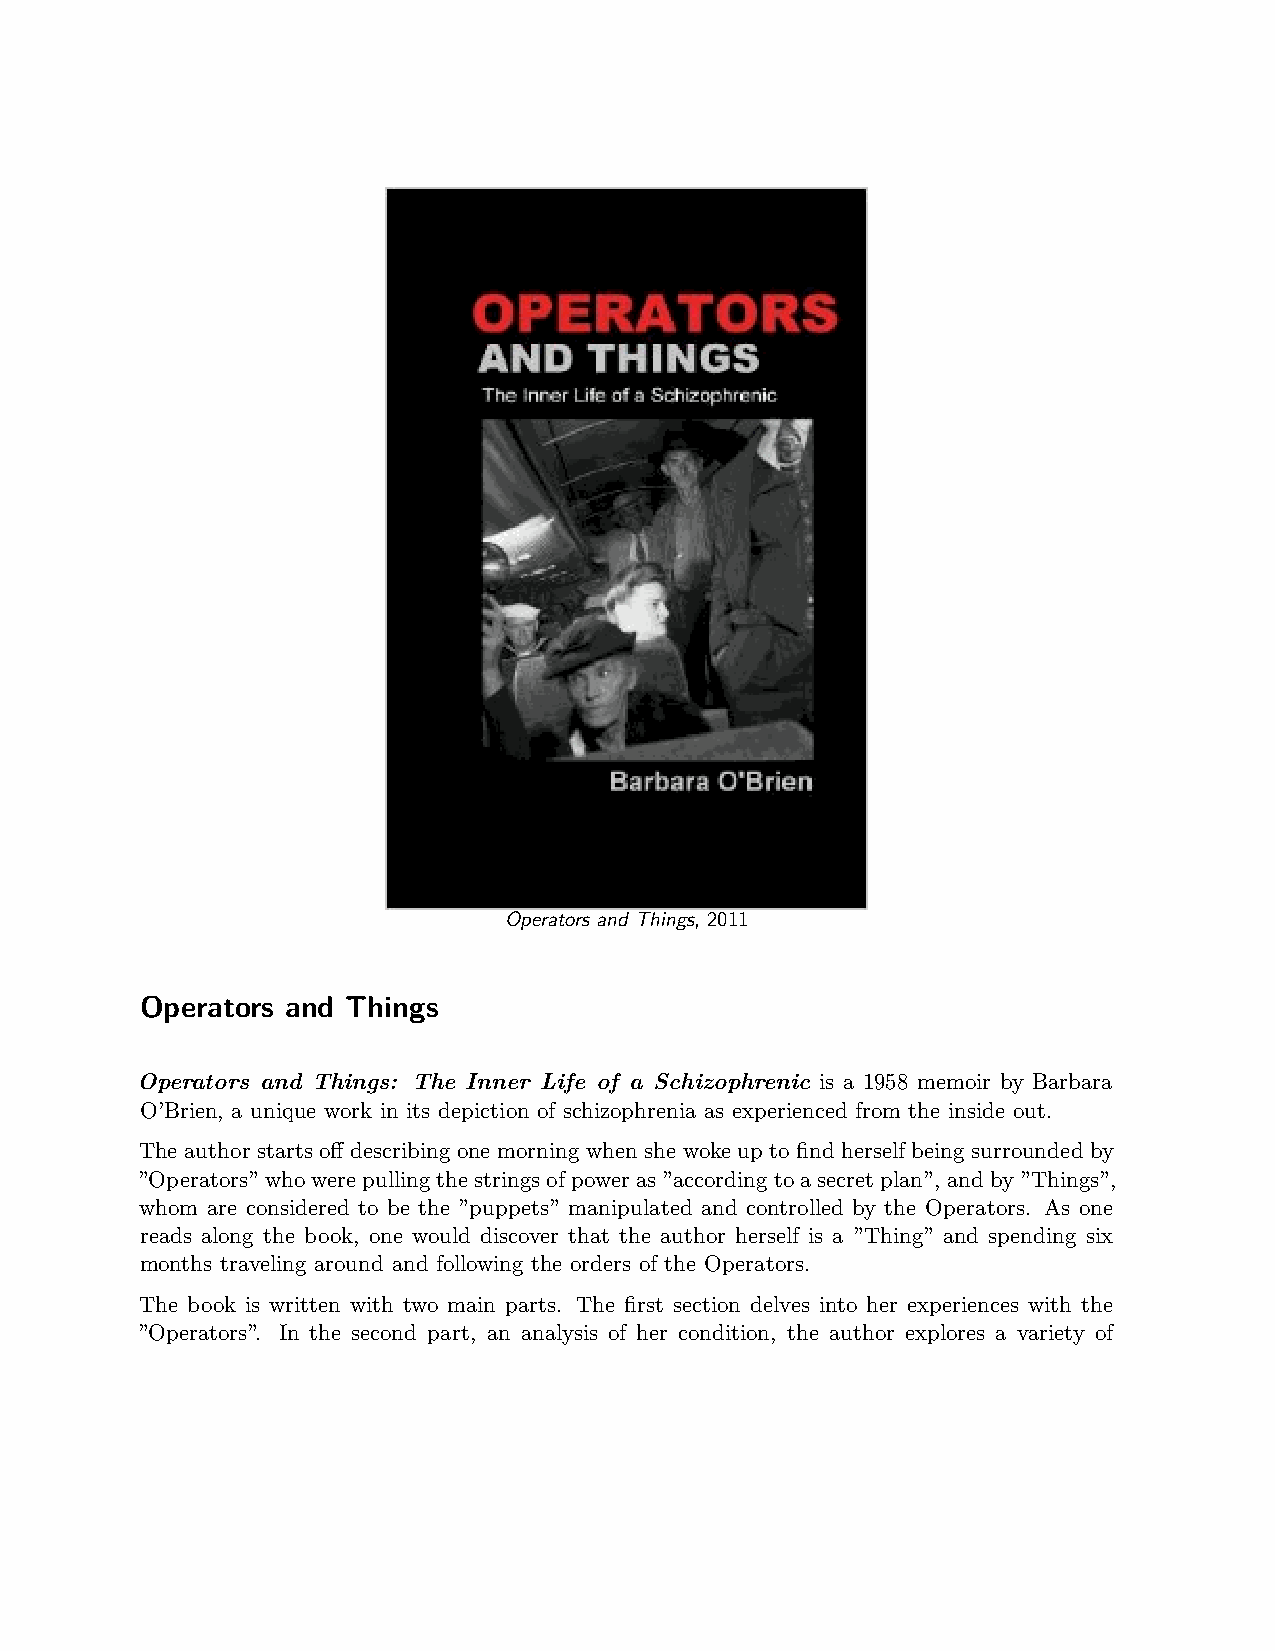
Operators and Things, 2011
 Operators and Things
 Operators and Things: The Inner Life of a Schizophrenic is a 1958 memoir by Barbara
 O’Brien, a unique work in its depiction of schizophrenia as experienced from the inside out.
 The author starts off describing one morning when she woke up to find herself being surrounded by
 ”Operators”whowerepullingthestringsofpoweras”accordingtoasecretplan”, andby”Things”,
 whom are considered to be the ”puppets” manipulated and controlled by the Operators. As one
 reads along the book, one would discover that the author herself is a ”Thing” and spending six
 months traveling around and following the orders of the Operators.
 The book is written with two main parts. The first section delves into her experiences with the
 ”Operators”. In the second part, an analysis of her condition, the author explores a variety of